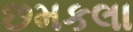
છમકલા